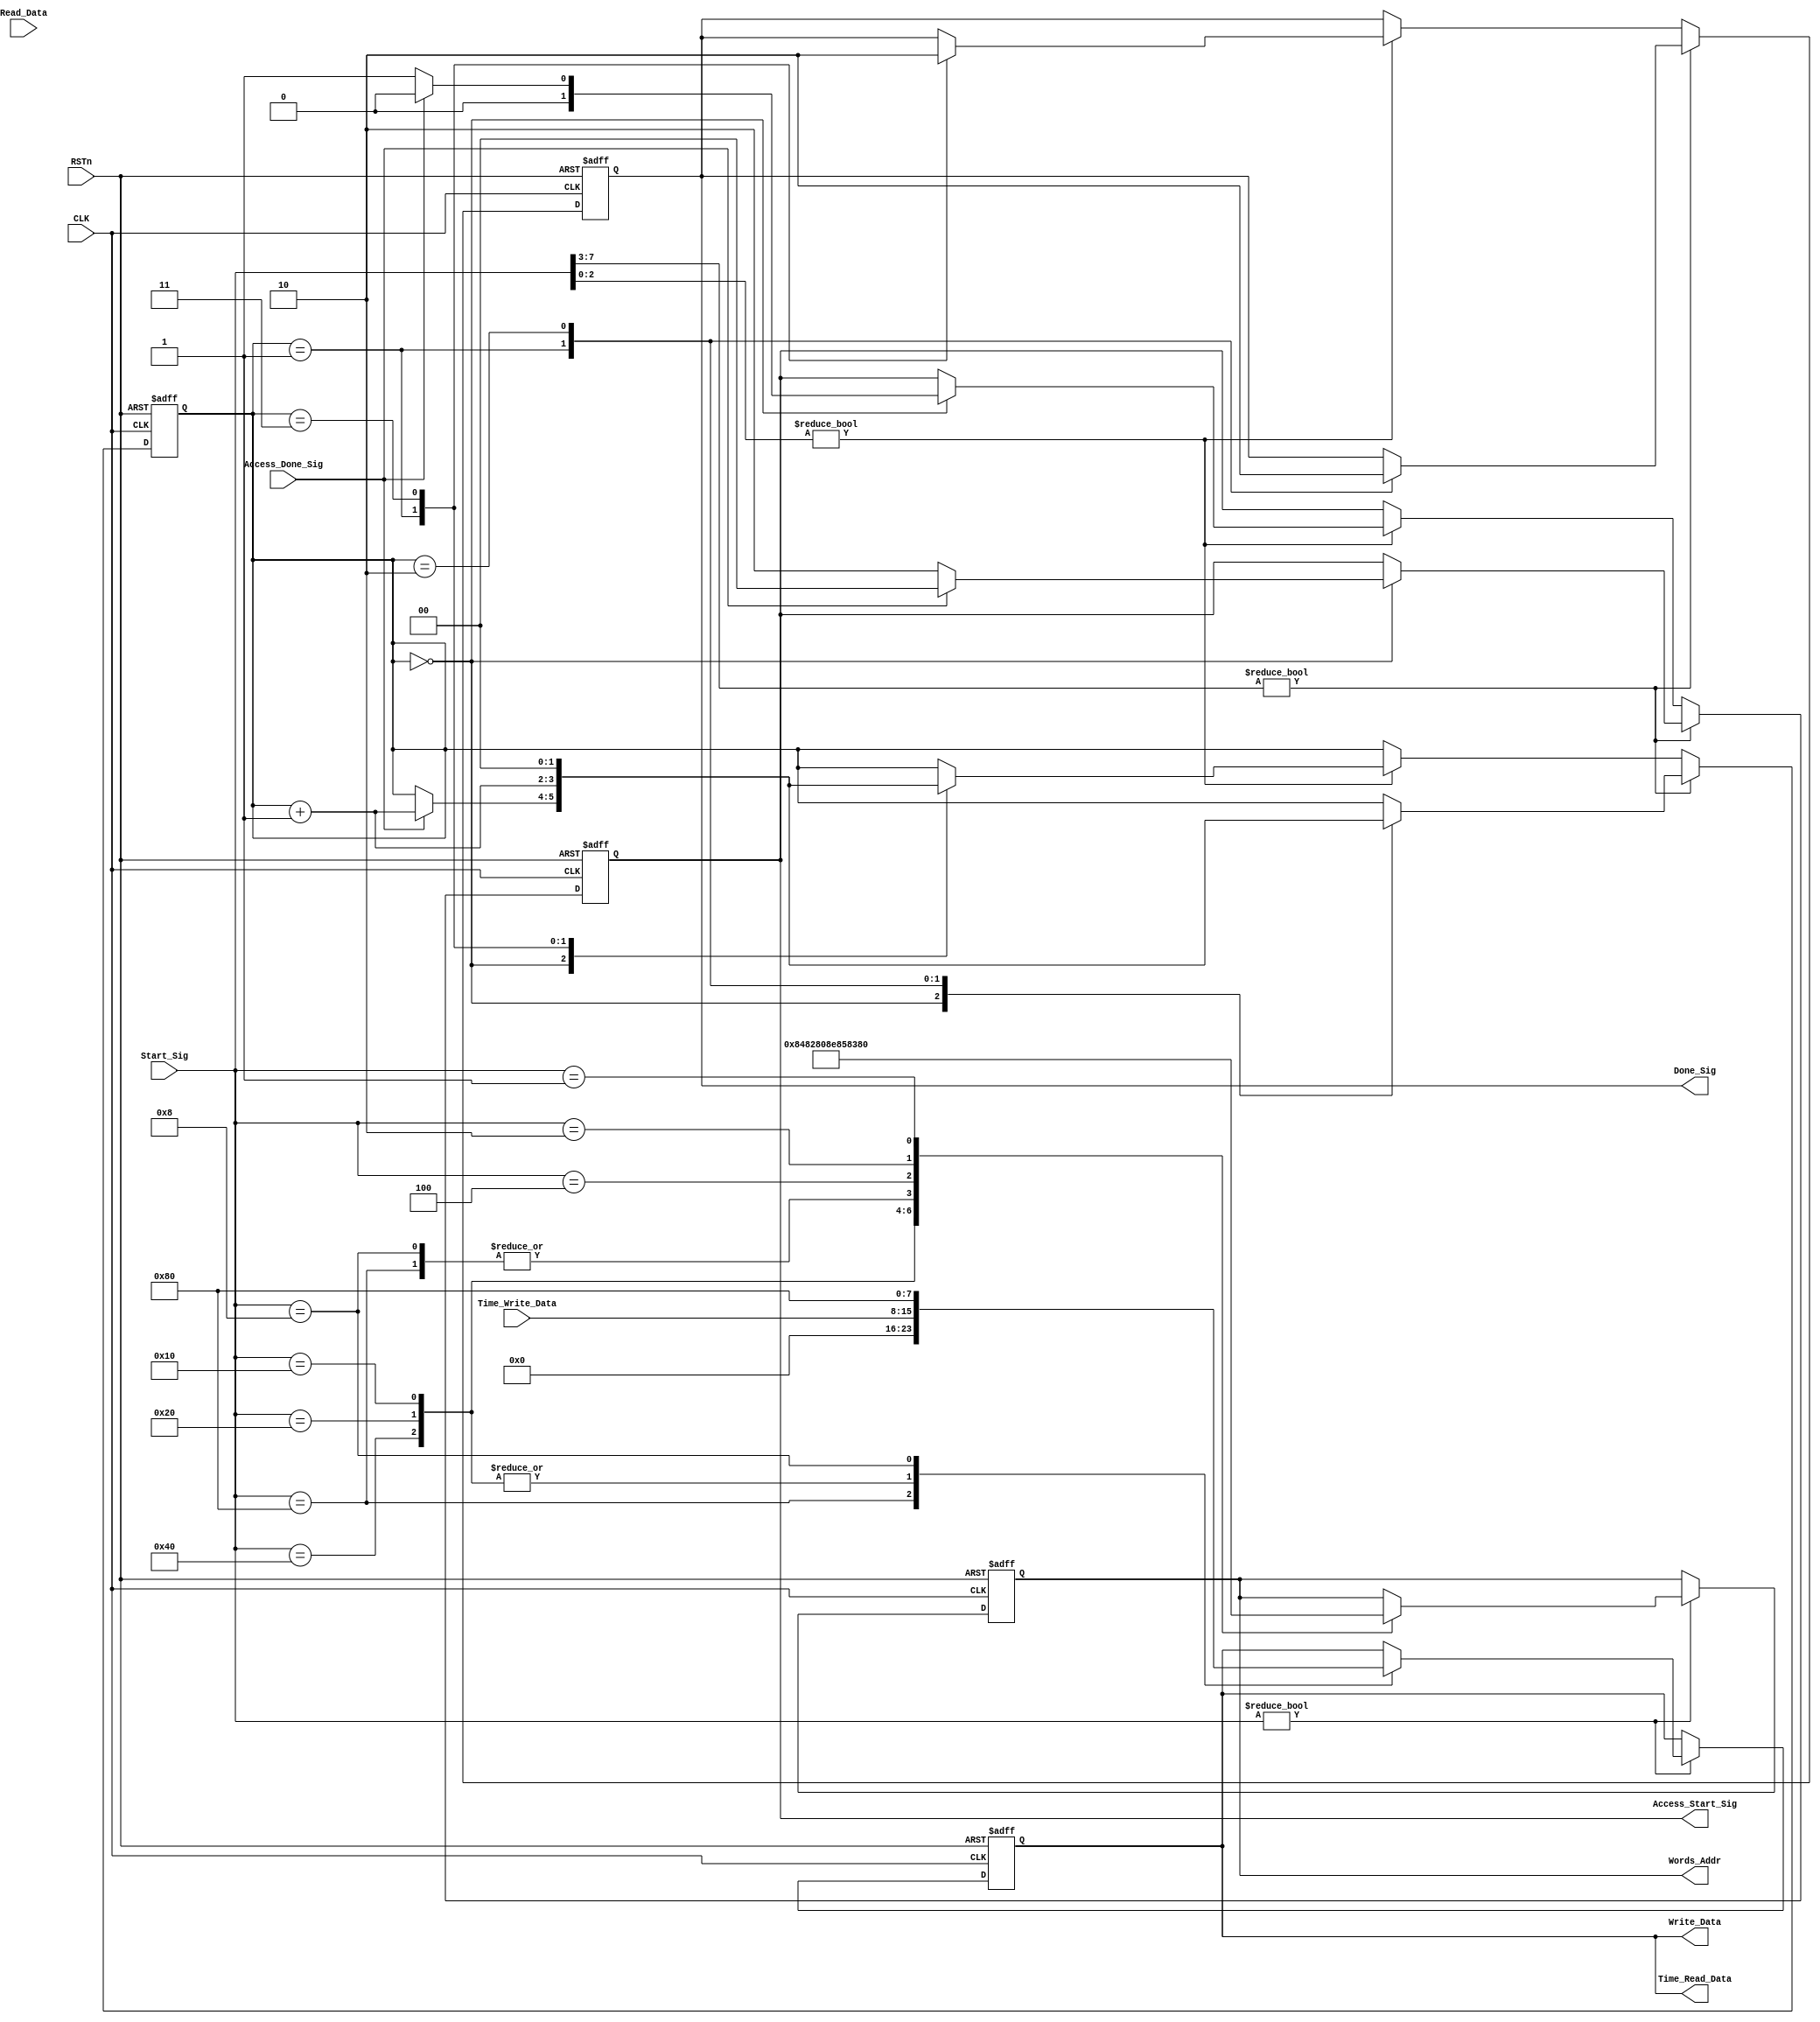
/////////////////////////////////////////////////
//// DS1302_CMD_CTL_MODULE.v
////				ZHAOCHAO
////					2016-11-18
///////////////////////////////////////////////////////////
////

module DS1302_CMD_CTL_MODULE
(
	CLK, RSTn,
	
	Start_Sig, 
	Done_Sig,
	
	Time_Write_Data,
	Time_Read_Data,
	
	Access_Done_Sig,
	Access_Start_Sig,
	
	Read_Data,
	Words_Addr,
	Write_Data
);

	input CLK;
	input RSTn;
	
	input [7:0]Start_Sig;
	output Done_Sig;
	
	input [7:0]Time_Write_Data;
	output [7:0]Time_Read_Data;
	
	input Access_Done_Sig;
	output [1:0]Access_Start_Sig;
	
	input [7:0]Read_Data;
	output [7:0]Words_Addr;
	output [7:0]Write_Data;
	
	
	
	reg [7:0]rAddr;
	reg [7:0]rData;
	
	
	always@(posedge CLK or negedge RSTn)
		if (!RSTn)
			begin
				rAddr <= 8'd0;
				rData <= 8'd0;
			end
		else if(Start_Sig[7:0])
			case(Start_Sig)
				8'b1000_0000: // Write unprotect
					begin
						rAddr <= { 2'b10, 5'd7, 1'b0};
						rData <= 8'h00;
					end
					
				8'b0100_0000: // Write hour
					begin
						rAddr <= {2'b10, 5'd2, 1'b0};
						rData <= Time_Write_Data;
					end
					
				8'b0010_0000: // Write minit
					begin
						rAddr <= {2'b10, 5'd1, 1'b0};
						rData <= Time_Write_Data;
					end
					
				8'b0001_0000: // Write second
					begin
						rAddr <= {2'b10, 5'd0, 1'b0};
						rData <= Time_Write_Data;
					end
					
				8'b0000_1000: // Write protect
					begin
						rAddr <= {2'b10, 5'd7, 1'b0};
						rData <= 8'b1000_0000;
					end
					
				8'b0000_0100: // Read hour
					begin
						rAddr <= {2'b10, 5'd2, 1'b1};
					end

				8'b0000_0010: // Read minit
					begin
						rAddr <= {2'b10, 5'd1, 1'b1};
					end
					
				8'b0000_0001: // Read second
					begin
						rAddr <= {2'b10, 5'd0, 1'b1};
					end
			endcase
			
	//////////////////////////////////////
	
	reg [1:0]state_index;
	reg [7:0]rRead;
	reg [1:0]isStart;
	reg isDone;
	
	always@(posedge CLK or negedge RSTn)
		if (!RSTn)
			begin
				state_index <= 2'd0;
				rRead <= 8'd0;
				isStart <= 2'b00;
				isDone <= 1'b0;
			end 
		else if (Start_Sig[7:3]) // Write action
			case (state_index)
				2'd0:
					if (Access_Done_Sig)
						begin	
							isStart <= 2'b00;
							state_index <= state_index + 1'b1;
						end
					else
						begin
							isStart <= 2'b10;
						end
						
				2'd1:
					begin
						isDone <= 1'b1;
						state_index <= state_index + 1'b1;
					end
					
				2'd2:
					begin
						isDone <= 1'b0;
						state_index <= 2'd0;
					end	
			endcase 
		
		else if(Start_Sig[2:0]) // Read action
			case (state_index)
				2'd0:
					if (Access_Done_Sig)
						begin
							rRead <= Read_Data;
							isStart <= 2'b00;
							state_index <= state_index + 1'b1;
						end
					else 
						begin
							isStart <= 2'b01;
						end
				2'd1:
					begin 
						isDone <= 1'b1;
						state_index <= state_index + 1'b1;
					end
					
				2'd3:
					begin
						isDone <= 1'b0;
						state_index <= 2'd0;
					end
					
			endcase
			
	/////////////////////////////////////////////////////////////////////////
	
	assign Done_Sig = isDone;
	assign Time_Read_Data = rData;
	assign Access_Start_Sig = isStart;
	assign Words_Addr = rAddr;
	assign Write_Data = rData;
	
	
endmodule